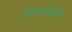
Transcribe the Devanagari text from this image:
पॉरफआइरिन